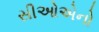
સીઓએનો